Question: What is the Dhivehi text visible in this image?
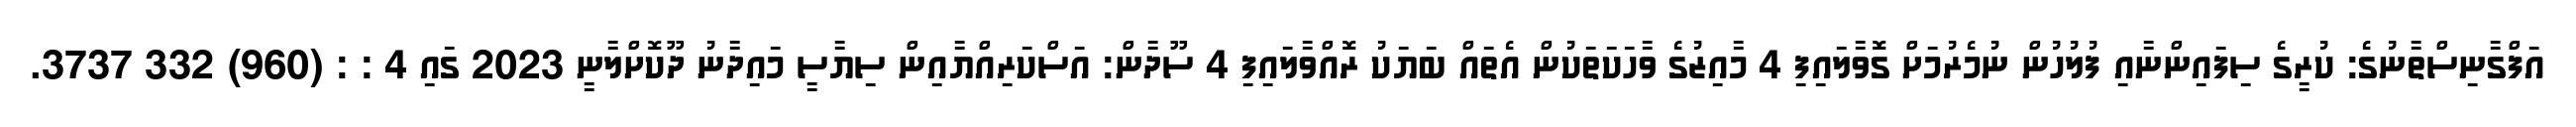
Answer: އަފްގާނިސްތާނުގެ: ކުރީގެ ސިފައިންނާއި ފުލުހުން ނުމެރުމަށް ގޮވާލައިފި 4 މާއިޒުގެ ވާހަކަތަކުން އެތައް ބަޔަކު ރޮއްވާލައިފި 4 ސޫދާން: އަސްކަރިއްޔާއިން ސިޔާސީ މައިދާނު ދޫކޮށްލާނީ 2023 ގައި 4 : : (960) 332 3737.